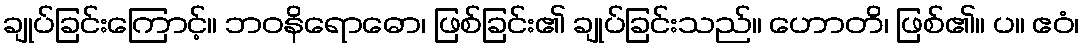
ချုပ်ခြင်းကြောင့်။ ဘဝနိရောဓော၊ ဖြစ်ခြင်း၏ ချုပ်ခြင်းသည်။ ဟောတိ၊ ဖြစ်၏။ ပ။ ဧဝံ၊